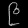
Digit: ၉